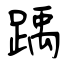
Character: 踽